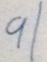
9 1